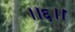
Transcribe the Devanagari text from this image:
।।६।।